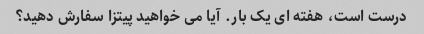
درست است، هفته ای یک بار. آیا می خواهید پیتزا سفارش دهید؟